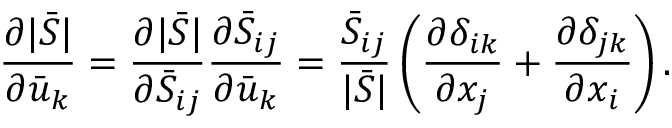
\frac { { \partial | \bar { S } | } } { { \partial { { \bar { u } } _ { k } } } } = \frac { { \partial | \bar { S } | } } { { \partial { { \bar { S } } _ { i j } } } } \frac { { \partial { { \bar { S } } _ { i j } } } } { { \partial { { \bar { u } } _ { k } } } } = \frac { { { { \bar { S } } _ { i j } } } } { { | \bar { S } | } } \left( { \frac { { \partial { \delta _ { i k } } } } { { \partial { x _ { j } } } } + \frac { { \partial { \delta _ { j k } } } } { { \partial { x _ { i } } } } } \right) .